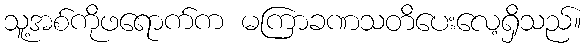
သူ့အစ်ကိုဖရောက်က မကြာခဏသတိပေးလေ့ရှိသည်။